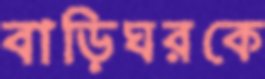
বাড়িঘরকে